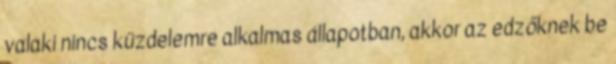
valaki nincs küzdelemre alkalmas állapotban, akkor az edzőknek be